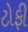
ટોફી